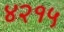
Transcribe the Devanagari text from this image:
४२१५